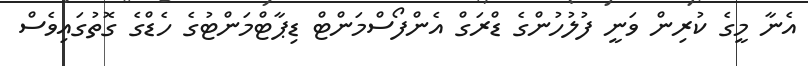
އެނާ މީގެ ކުރިން ވަނީ ފުލުހުންގެ ޑްރަގް އެންފޯސްމަންޓް ޑިޕާޓްމަންޓުގެ ހެޑްގެ ގޮތުގައިވެސް